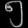
Digit: ၅